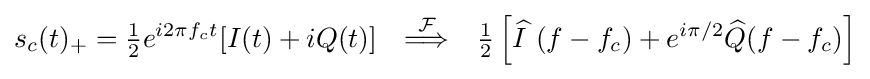
s_{c}(t)_{+}={\tfrac {1}{2}}e^{i2\pi f_{c}t}[I(t)+iQ(t)]\quad {\stackrel {\mathcal {F}}{\Longrightarrow }}\quad {\tfrac {1}{2}}\left[{\widehat {I\ }}(f-f_{c})+e^{i\pi /2}{\widehat {Q}}(f-f_{c})\right]